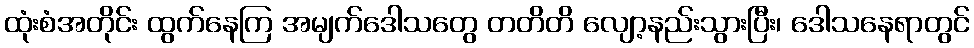
ထုံးစံအတိုင်း ထွက်နေကြ အမျက်ဒေါသတွေ တတိတိ လျော့နည်းသွားပြီး၊ ဒေါသနေရာတွင်